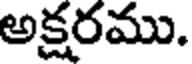
అక్షరము.